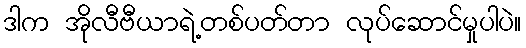
ဒါက အိုလီဗီယာရဲ့တစ်ပတ်တာ လုပ်ဆောင်မှုပါပဲ။